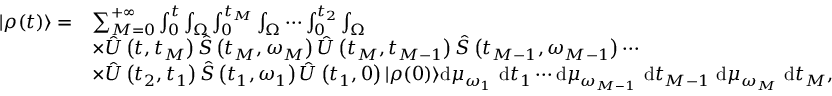
\begin{array} { r l } { | \rho ( t ) \rangle = } & { \sum _ { M = 0 } ^ { + \infty } \int _ { 0 } ^ { t } \int _ { \Omega } \int _ { 0 } ^ { t _ { M } } \int _ { \Omega } \cdots \int _ { 0 } ^ { t _ { 2 } } \int _ { \Omega } } \\ & { \times \hat { U } \left( t , t _ { M } \right) \hat { S } \left( t _ { M } , \omega _ { M } \right) \hat { U } \left( t _ { M } , t _ { M - 1 } \right) \hat { S } \left( t _ { M - 1 } , \omega _ { M - 1 } \right) \cdots } \\ & { \times \hat { U } \left( t _ { 2 } , t _ { 1 } \right) \hat { S } \left( t _ { 1 } , \omega _ { 1 } \right) \hat { U } \left( t _ { 1 } , 0 \right) | \rho ( 0 ) \rangle \mathrm { d } \mu _ { \omega _ { 1 } } \mathrm { ~ d } t _ { 1 } \cdots \mathrm { d } \mu _ { \omega _ { M - 1 } } \mathrm { ~ d } t _ { M - 1 } \mathrm { ~ d } \mu _ { \omega _ { M } } \mathrm { ~ d } t _ { M } , } \end{array}